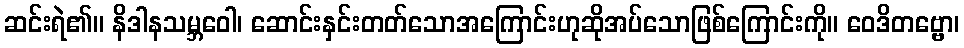
ဆင်းရဲ၏။ နိဒါနသမ္ဘဝေါ၊ ဆောင်းနှင်းတတ်သောအကြောင်းဟုဆိုအပ်သောဖြစ်ကြောင်းကို။ ဝေဒိတဗ္ဗော၊